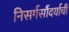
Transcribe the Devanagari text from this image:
निसर्गसौंदर्याची